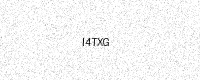
Text: I4TXG